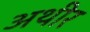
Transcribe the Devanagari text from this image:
अथीर